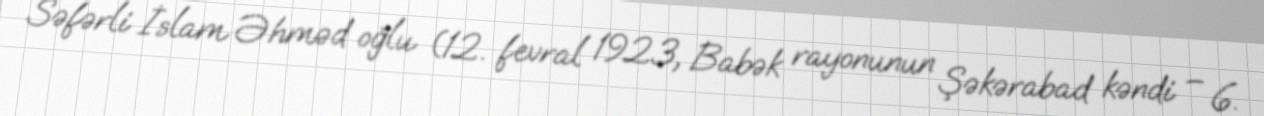
Səfərli İslam Əhməd oğlu (12. fevral 1923, Babək rayonunun Şəkərabad kəndi – 6.